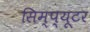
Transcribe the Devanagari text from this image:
सिम्प्यूटर